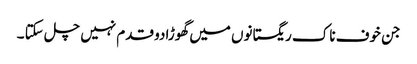
جن خوف ناک ریگستانوں میں گھوڑا دو قدم نہیں چل سکتا ۔